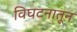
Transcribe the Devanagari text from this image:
विघटनातून